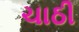
ચાઠી